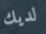
لديك